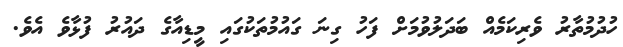
ހުދުމުތާރު ވެރިކަމެއް ބަދަލުވުމަށް ފަހު ގިނަ ގައުމުތަކުގައި މީޑިއާގެ ދައުރު ފުޅާވެ އެވެ.